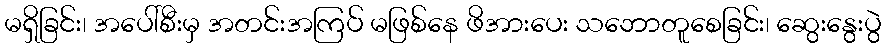
မရှိခြင်း၊ အပေါ်စီးမှ အတင်းအကြပ် မဖြစ်နေ ဖိအားပေး သဘောတူစေခြင်း၊ ဆွေးနွေးပွဲ